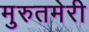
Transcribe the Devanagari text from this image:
मुरुतमेरी